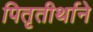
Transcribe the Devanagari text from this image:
पितृतीर्थाने